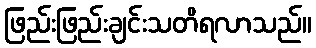
ဖြည်းဖြည်းချင်းသတိရလာသည်။